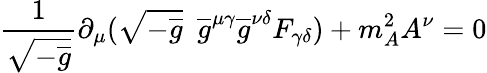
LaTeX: \frac{1}{\sqrt{-\overline{{{g}}}}}\partial_{\mu}(\sqrt{-\overline{{{g}}}}\enspace\overline{{{g}}}^{\mu\gamma}\overline{{{g}}}^{\nu\delta}F_{\gamma\delta})+m_{A}^{2}A^{\nu}=0